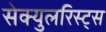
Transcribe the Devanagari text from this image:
सेक्युलरिस्ट्स